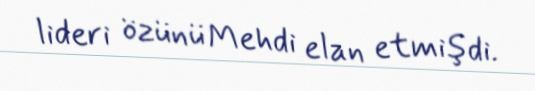
lideri özünü Mehdi elan etmişdi.